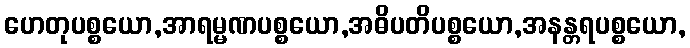
ဟေတုပစ္စယော,အာရမ္မဏပစ္စယော,အဓိပတိပစ္စယော,အနန္တရပစ္စယော,